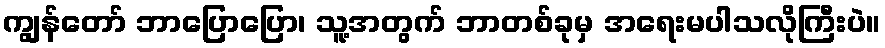
ကျွန်တော် ဘာပြောပြော၊ သူ့အတွက် ဘာတစ်ခုမှ အရေးမပါသလိုကြီးပဲ။